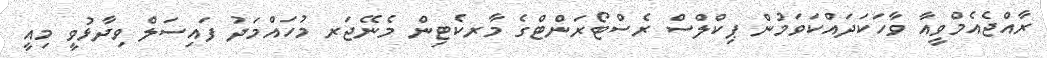
ރާއްޖެއެމްވީއާ ވާހަކަދައްކަވަމުން ޕިކްލްސް ރެސްޓޯރަންޓްގެ މާރކެޓިން މެނޭޖަރ މުހައްމަދު ފައިސަލް ވިދާޅުވީ މިއީ